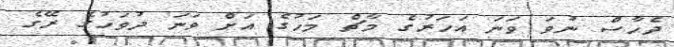
ދެހާސް ނުވަ ވަނަ އަހަރުގެ މާޗް މަހުގެ އަށް ވަނަ ދުވަހުގެ ރޭގެ